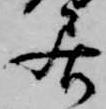
居